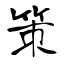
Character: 策